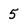
Character: 5